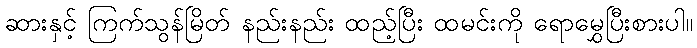
ဆားနှင့် ကြက်သွန်မြိတ် နည်းနည်း ထည့်ပြီး ထမင်းကို ရောမွှေပြီးစားပါ။